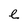
Character: e